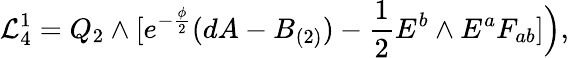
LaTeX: {\cal L}_{4}^{1}=Q_{2}\wedge[e^{-{\frac{\phi}{2}}}(dA-B_{(2)})-{\frac{1}{2}}E^{b}\wedge E^{a}F_{ab}]\Big),